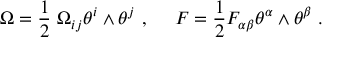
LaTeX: \Omega = \frac { 1 } { 2 } \ \Omega _ { i j } \theta ^ { i } \wedge \theta ^ { j } \ , \ \ \ \ F = \frac { 1 } { 2 } F _ { \alpha \beta } \theta ^ { \alpha } \wedge \theta ^ { \beta } \ .